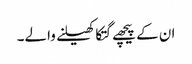
ان کے پیچھے گتکا کھیلنے والے۔